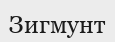
Зигмунт